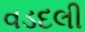
વડદલી